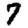
Digit: 7